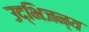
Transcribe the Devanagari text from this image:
उद्भिजन्य